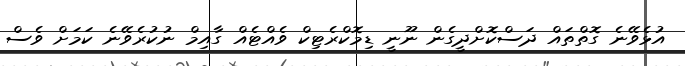
އުޅެވޭނެ ގޮތްތައް ދަސްކޮށްދީގެން ނޫނީ ޑިމޮކްރެޓިކް ވެއްޓެއް ގާއިމް ނުކުރެވޭނެ ކަމަށް ވެސް